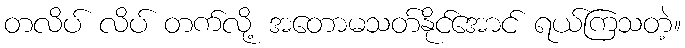
တလိပ် လိပ် တက်လို့ အတောမသတ်နိုင်အောင် ရယ်ကြသတဲ့။